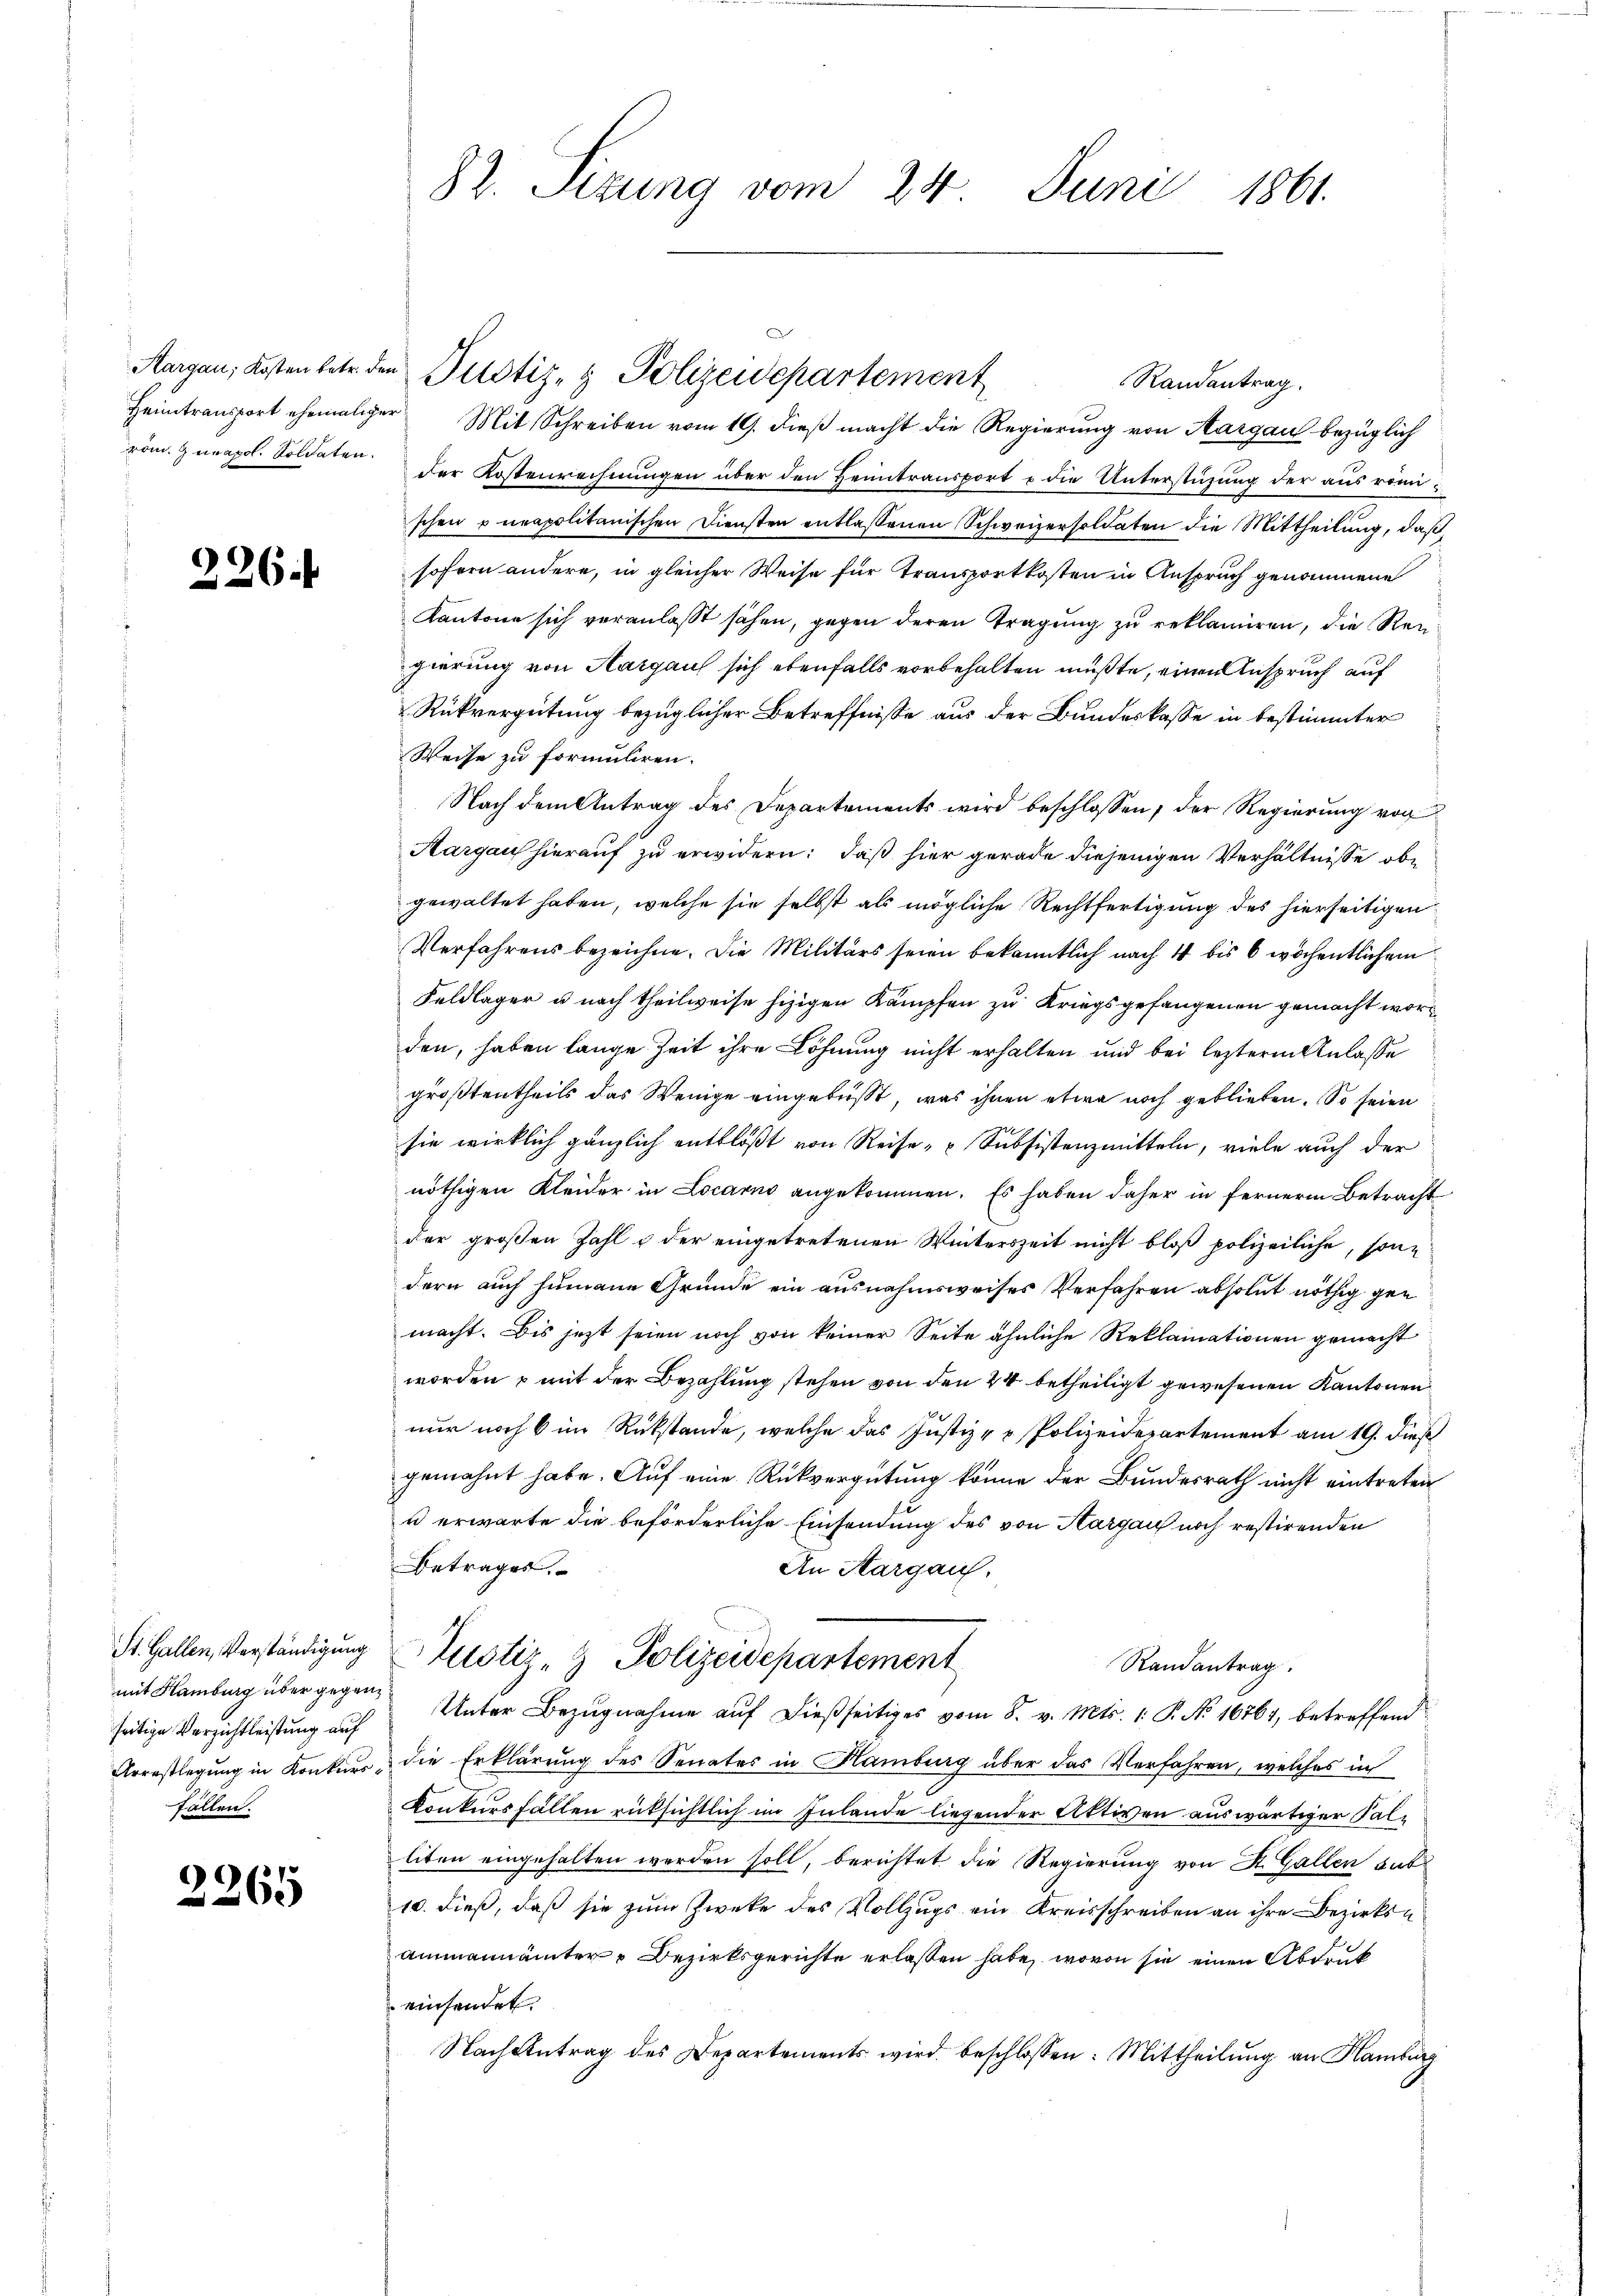
226.

mit Hamburg über gegenfällen.

2265

Aargau, Kosten betr. den Pustiz- & Polizeidepartement
Randantrag.
Heimtransport ehemaliger Mit Schreiben vom 19. dieß macht die Regierung von Aargau bezüglich
röm. Zunapol. Soldaten der Kostenrechnungen über den Heimtransport u die Unterstüzung der aus römi-
schen & neapolitanischen Diensten entlassenen Schweizersoldaten die Mittheilung, daß
sofern andere, in gleicher Weise für Transportkosten in Anspruch genommene
Kantone sich veranlaßt sähen, gegen deren Tragung zu reklamiren, die Rei
gierung von Aargaus sich ebenfalls vorbehalten mußte, einen Anspruch auf
Rükvergütung bezüglicher Betreffnisse aus der Bundeskasse in bestimmter
Weise zu formuliren.
Nach dem Antrag des Departements wird beschlossen, der Regierung von
Aargau hierauf zu erwidern: daß hier gerade diejenigen Verhältnisse obe
gewaltet haben, welche sie selbst als mögliche Rechtfertigung des hierseitigen
Verfahrens bezeichne. Die Militärs seien bekanntlich nach 4 bis 6 wöchentlichem
Feldlager u. nach theilweise hizigen Kämpfen zu Kriegsgefangenen gemacht worden, haben lange Zeit ihre Löhnung nicht erhalten und bei leztere Anlasse
größtentheils das Wenige eingebüßt, was ihnen etwa noch geblieben. So seien
sie wirklich gänzlich entblößt von Reise- u Subsistenzmitteln, viele auch der
nöthigen Kleider in Locarno angekommen. Es haben daher in ferner Betracht
der großen Zahl & der eingetretenen Winterszeit nicht bloß polizeiliche, sondern auch seinaue Gründe ein ausnahmsweises Verfahren absolut nöthig gen
macht. Bis jetzt seien noch von keiner Seite ähnliche Reklamationen gemacht
worden & mit der Bezahlung stehen von den 24 betheiligt gewesenen Kantonen
nur noch 6 im Rükstände, welche das Justiz- & Polizeidepartement am 19. dieß
gemahnt habe. Auf eine Rückvergütung könne der Bundesrath nicht eintreten
u erwarte die beförderliche Einsendung des von Aargau noch restirenden
Betrages.
An Aargau,
St. Gallen, Verständigŭng Zustiz- & Polizeidepartement
Randantrag.
seitige Verzichtleistŭng auf Unter Bezŭgnahme aŭf dießseitiges vom 8. v. Mts. 1. P. No. 16761, betreffend
Arrestlegung in Konkner, die Erklärung des Senates in Hamburg über das Verfahren, welches ich
Konkursfällen rücksichtlich im Inlande liegender Aktiven auswärtiger Kalliten eingehalten werden soll, berichtet die Regierung von St. Gallen sut
10. dieß, daß sie zum Zweke des Vollzugs ein Kreisschreiben an ihre Bezirksa
ammannämter Bezirksgerichte erlassen habe, wovon sie einen Abdruk
einsendet.
Nach Antrag des Departements wird beschlossen: Mittheilung an Hamburg

82. Sizung vom 24. Juni 1861.

.